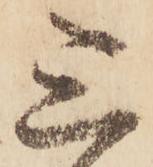
三